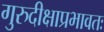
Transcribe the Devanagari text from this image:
गुरुदीक्षाप्रभावतः